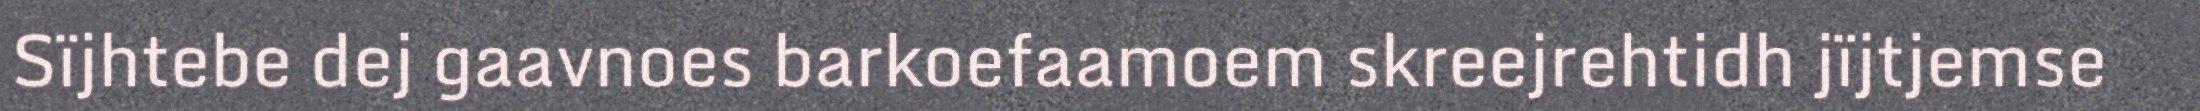
Sïjhtebe dej gaavnoes barkoefaamoem skreejrehtidh jïjtjemse